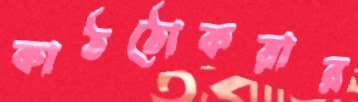
কাঠঠোকরার